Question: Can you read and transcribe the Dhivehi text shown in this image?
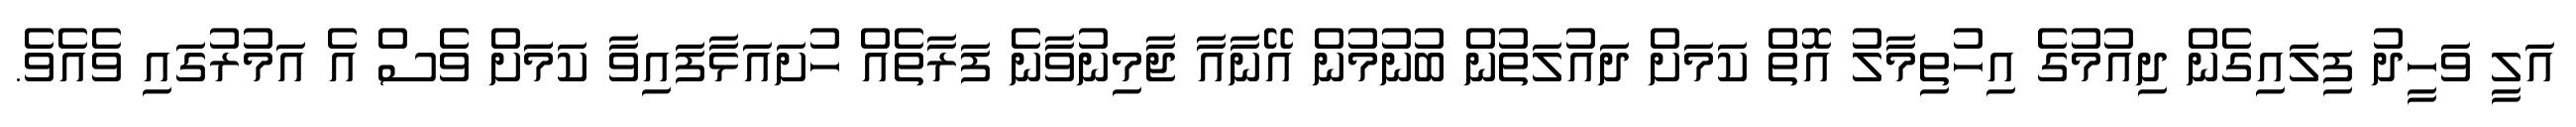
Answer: އަލީ ވަހީދު ފިލައިގެން ދިއުމުގެ އިހުތިމާލު އޮތް ކަމަށް ދައުލަތުން ބުނުމުން އޭނާއާ ޖާމިނުވާނެ ފަރާތެއް ހުށައަޅާފައިވާ ކަމަަށް ވެސް އެ އަމުރުގައި ވެއެވެ.